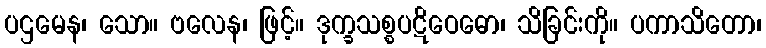
ပဌမေန၊ သော။ ဗလေန၊ ဖြင့်။ ဒုက္ခသစ္စပဋိဝေဓော၊ သိခြင်းကို။ ပကာသိတော၊